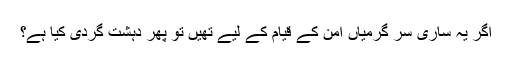
اگر یہ ساری سر گرمیاں امن کے قیام کے لیے تھیں تو پھر دہشت گردی کیا ہے؟